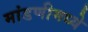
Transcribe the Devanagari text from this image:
मांडणीमध्ये